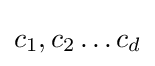
c_{1},c_{2}\dots c_{d}